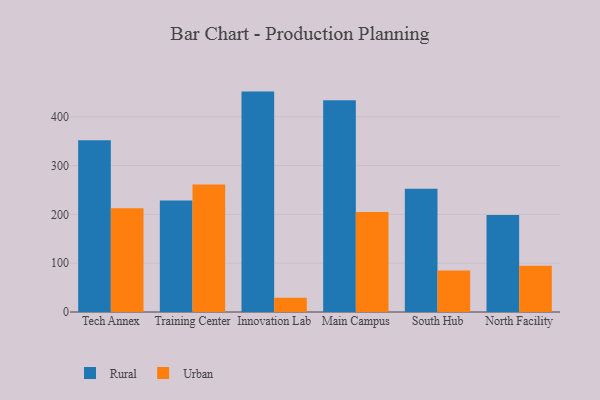
{"axis": {"x": "Campus", "y": "Demand Index"}, "legend": ["Rural", "Urban"], "data": [{"x": "Tech Annex", "y": 351.8, "type": "Rural"}, {"x": "Tech Annex", "y": 212.8, "type": "Urban"}, {"x": "Training Center", "y": 228.7, "type": "Rural"}, {"x": "Training Center", "y": 261.4, "type": "Urban"}, {"x": "Innovation Lab", "y": 451.6, "type": "Rural"}, {"x": "Innovation Lab", "y": 29.0, "type": "Urban"}, {"x": "Main Campus", "y": 434.1, "type": "Rural"}, {"x": "Main Campus", "y": 204.8, "type": "Urban"}, {"x": "South Hub", "y": 252.7, "type": "Rural"}, {"x": "South Hub", "y": 85.2, "type": "Urban"}, {"x": "North Facility", "y": 198.6, "type": "Rural"}, {"x": "North Facility", "y": 94.6, "type": "Urban"}]}